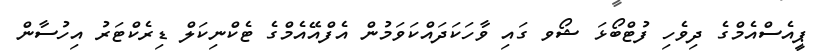
ޕީއެސްއެމްގެ ދިވެހި ފުޓްބޯޅަ ޝޯވ ގައި ވާހަކަދައްކަވަމުން އެފްއޭއެމްގެ ޓެކްނިކަލް ޑިރެކްޓަރު އިހުސާން